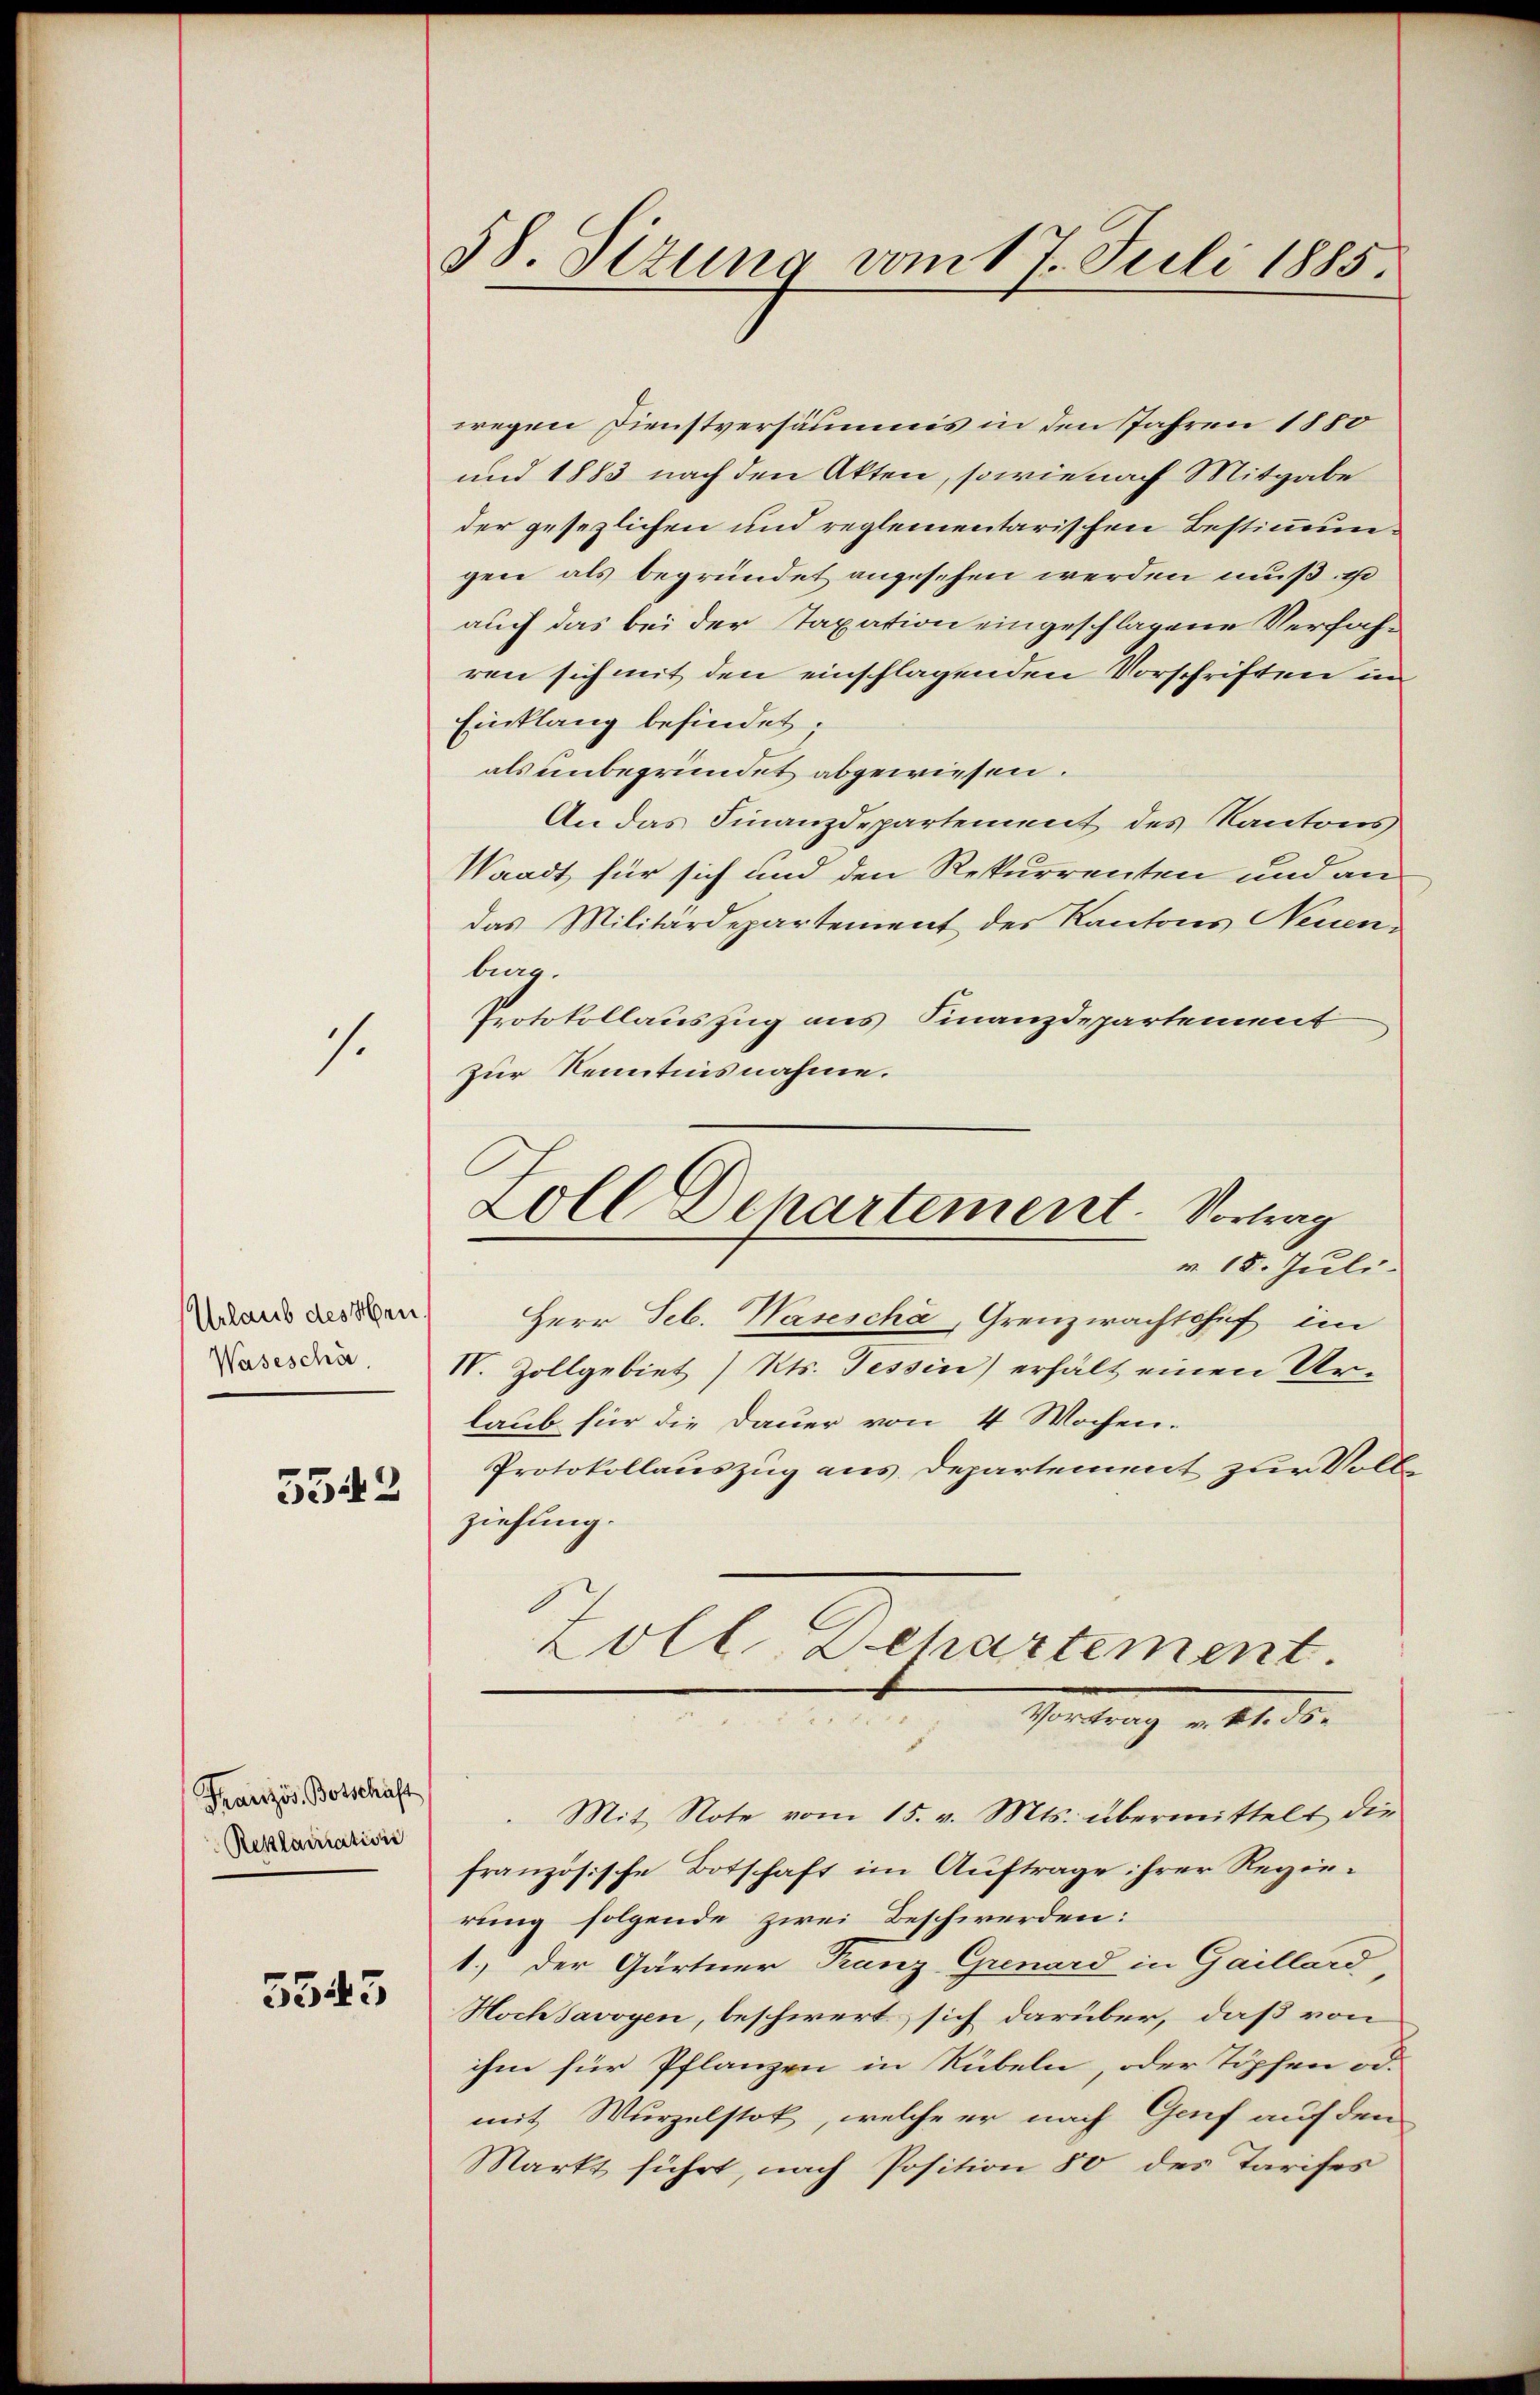
s.

Urlaub des Hrn.
Waseschä
3342

Französ. Botschäft
Reklamation

5543

58. Sizung vom 17. Juli 1885.

wegen Dienstversäumis in den Jahren 1880
und 1883 nach den Akten, sowie nach Mitgabe
der gesezlichen und reglementarischen Bestimmungen als begründet angesehen werden muß ge
auch das bei der Taxation eingeschlagene Verfahren sich mit den einschlagenden Vorschriften in
Einklang befindet.
als unbegründet abgewiesen.
An das Finanzdepartement des Kantons
Waadt für sich und den Rekurrenten und an
das Militärdepartement des Kantons Neuen-
lug.
Protokollauszug aus Finanzdepartement
zur Kenntnisnahme.
Herr Seb. Wasescha, Grenzwachtshof im
IV. Zollgebiet) Kts. Tessin) erhält einen Urlaub für die Dauer von 4 Wochen.
Protokollauszug aus Departement zur Volle
ziehung.
Zoll Dehartement.
e
Vortrag v. M. die
Mit Note vom 15. v. Mts. übermittelt die
französische Botschaft im Auftrage ihrer Regierung folgende zwei Beschwerden:
1.) Der Gärtner Franz Grenard in Gaillard
Hoch Savoyen, beschwert sich darüber, daß von
ihm für Pflanzen in Rübeln, oder Töpfen od.
mit Wurzelstok, welche er nach Genf auf den
Markt führt, nach Position 80 des Tarifes

Loll Dehartement. Vortrag
v. 18. Juli.